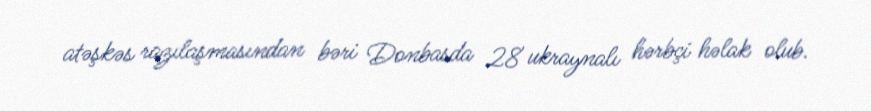
atəşkəs razılaşmasından bəri Donbasda 28 ukraynalı hərbçi həlak olub.